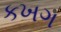
કખગ